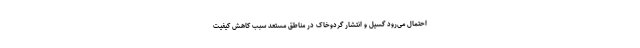
احتمال می‌رود گسیل و انتشار گردوخاک در مناطق مستعد سبب کاهش کیفیت